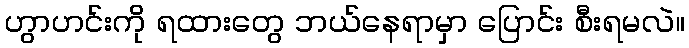
ဟွာဟင်းကို ရထားတွေ ဘယ်နေရာမှာ ပြောင်း စီးရမလဲ။